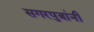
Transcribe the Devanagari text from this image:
सगरपुत्रांनी